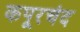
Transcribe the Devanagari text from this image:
कपूरचंद